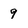
Character: 9